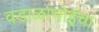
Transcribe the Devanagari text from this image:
वडाळाभोईचा